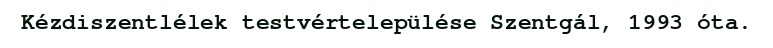
Kézdiszentlélek testvértelepülése Szentgál, 1993 óta.